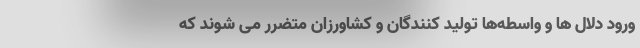
ورود دلال ها و واسطه‌ها تولید کنندگان و کشاورزان متضرر می شوند که